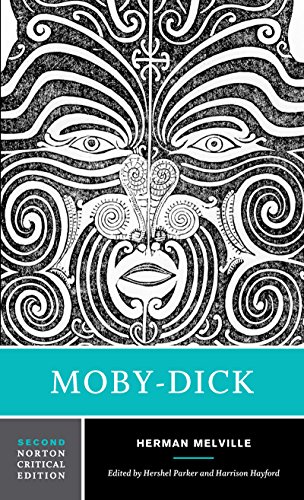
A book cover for Moby-Dick (Second Edition)  (Norton Critical Editions); Herman Melville; Literature & Fiction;